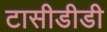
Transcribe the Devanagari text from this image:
टासीडीडी